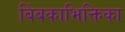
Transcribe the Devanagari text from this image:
बिंबकाभिक्तिका